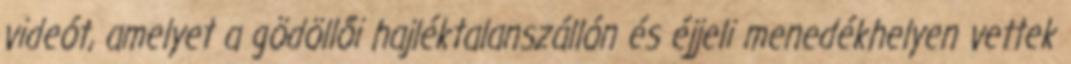
videót, amelyet a gödöllői hajléktalanszállón és éjjeli menedékhelyen vettek